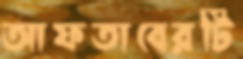
আফতাবেরটি